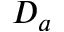
D _ { a }